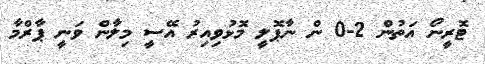
ޓޮރީނޯ އަތުން 2-0 ން ނާޕޮލީ މޮޅުވިއިރު އޭސީ މިލާން ވަނީ ޕާރްމާ